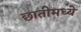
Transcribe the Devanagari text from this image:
छातीमध्ये